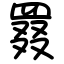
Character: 罬